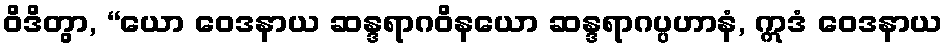
ဝိဒိတွာ, “ယော ဝေဒနာယ ဆန္ဒရာဂဝိနယော ဆန္ဒရာဂပ္ပဟာနံ, ဣဒံ ဝေဒနာယ